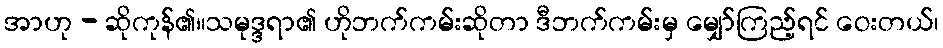
အာဟု - ဆိုကုန်၏။သမုဒ္ဒရာ၏ ဟိုဘက်ကမ်းဆိုတာ ဒီဘက်ကမ်းမှ မျှော်ကြည့်ရင် ဝေးတယ်၊